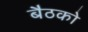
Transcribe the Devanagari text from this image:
बैठको